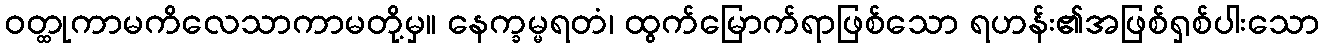
ဝတ္ထုကာမကိလေသာကာမတို့မှ။ နေက္ခမ္မရတံ၊ ထွက်မြောက်ရာဖြစ်သော ရဟန်း၏အဖြစ်ရှစ်ပါးသော